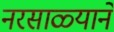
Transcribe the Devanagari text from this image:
नरसाळ्याने